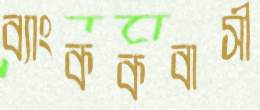
ব্যাংককবাসী